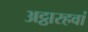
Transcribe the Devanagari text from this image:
अट्ठारहवां